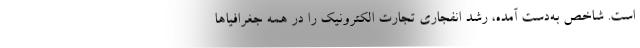
است. شاخص به‌دست آمده، رشد انفجاری تجارت الکترونیک را در همه جغرافیاها